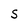
Character: s